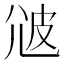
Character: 𤿑